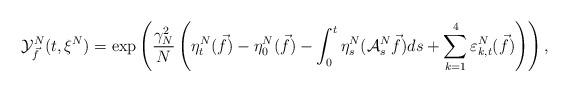
LaTeX: \begin{align*}\mathcal{Y}_{\vec{f}}^N(t, \xi^N)=\exp\left(\frac{\gamma_N^2}{N}\left(\eta_t^N(\vec{f})-\eta_0^N(\vec{f})-\int_0^t\eta_s^N(\mathcal{A}_s^N\vec{f})ds+\sum_{k=1}^4\varepsilon_{k,t}^N(\vec{f})\right)\right),\end{align*}